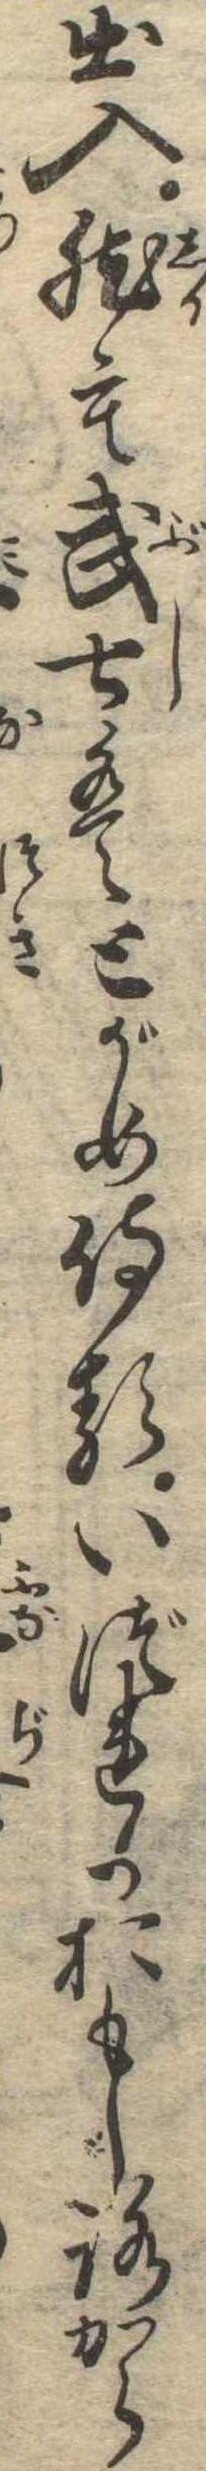
出入然も武士はとがめ侍るいづれかおもしろから